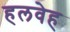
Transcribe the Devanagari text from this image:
हलवेह